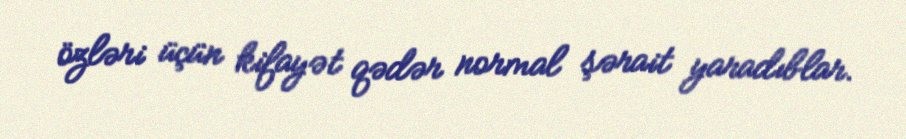
özləri üçün kifayət qədər normal şərait yaradıblar.